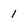
Character: 1